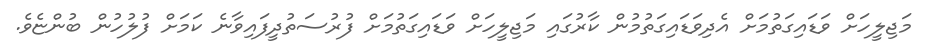
މަޖިލީހަށް ވަޑައިގަތުމަށް އެދިވަޑައިގަތުމުން ކާރުގައި މަޖިލީހަށް ވަޑައިގަތުމަށް ފުރުސަތުދީފައިވާނެ ކަމަށް ފުލުހުން ބުންޏެވެ.